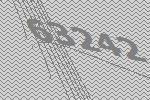
63242